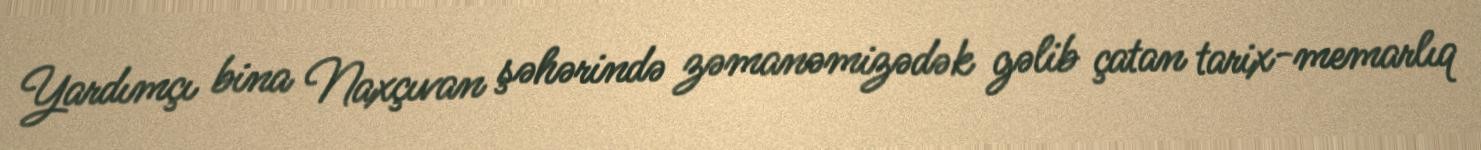
Yardımçı bina Naxçıvan şəhərində zəmanəmizədək gəlib çatan tarix-memarlıq